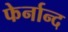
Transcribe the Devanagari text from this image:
फेर्नान्द